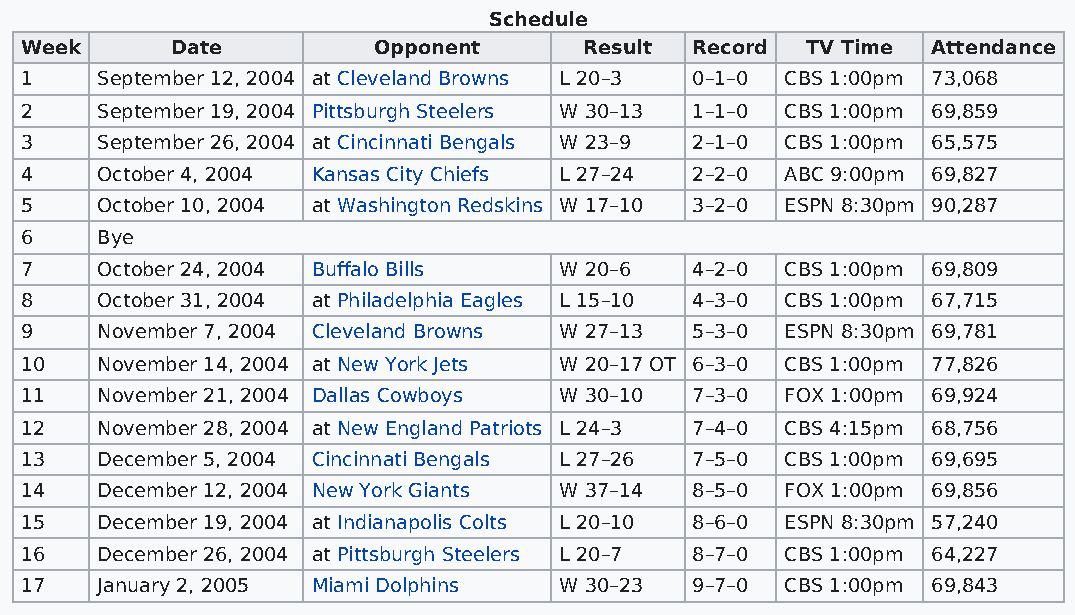
Schedule
 Week      Date          Opponent      Result Record TV Time  Attendance
 1    September 12, 2004 at Cleveland Browns L 20–3 0–1–0 CBS 1:00pm 73,068
 2    September 19, 2004 Pittsburgh Steelers W 30–13 1–1–0 CBS 1:00pm 69,859
 3    September 26, 2004 at Cincinnati Bengals W 23–9 2–1–0 CBS 1:00pm 65,575
 4    October 4, 2004 Kansas City Chiefs L 27–24 2–2–0 ABC 9:00pm 69,827
 5    October 10, 2004 at Washington Redskins W 17–10 3–2–0 ESPN 8:30pm 90,287
 6    Bye
 7    October 24, 2004 Buffalo Bills W 20–6   4–2–0 CBS 1:00pm 69,809
 8    October 31, 2004 at Philadelphia Eagles L 15–10 4–3–0 CBS 1:00pm 67,715
 9    November 7, 2004 Cleveland Browns W 27–13 5–3–0 ESPN 8:30pm 69,781
 10   November 14, 2004 at New York Jets W 20–17 OT 6–3–0 CBS 1:00pm 77,826
 11   November 21, 2004 Dallas Cowboys W 30–10 7–3–0 FOX 1:00pm 69,924
 12   November 28, 2004 at New England Patriots L 24–3 7–4–0 CBS 4:15pm 68,756
 13   December 5, 2004 Cincinnati Bengals L 27–26 7–5–0 CBS 1:00pm 69,695
 14   December 12, 2004 New York Giants W 37–14 8–5–0 FOX 1:00pm 69,856
 15   December 19, 2004 at Indianapolis Colts L 20–10 8–6–0 ESPN 8:30pm 57,240
 16   December 26, 2004 at Pittsburgh Steelers L 20–7 8–7–0 CBS 1:00pm 64,227
 17   January 2, 2005 Miami Dolphins W 30–23  9–7–0 CBS 1:00pm 69,843